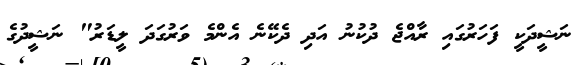
ނަޝީދަކީ ފަހަރުގައި ރާއްޖެ ދުކުނު އަދި ދެކޭނެ އެންމެ ވަރުގަދަ ލީޑަރު" ނަޝީދުގެ